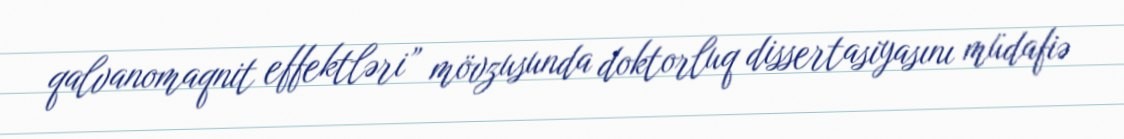
qalvanomaqnit effektləri” mövzusunda doktorluq dissertasiyasını müdafiə